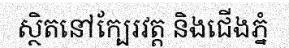
ស្ថិតនៅក្បែរវត្ត និងជើងភ្នំ